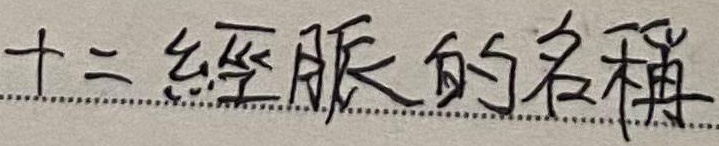
十二经脉的名称